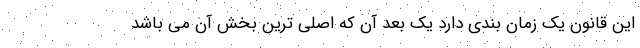
این قانون یک زمان بندی دارد یک بعد آن که اصلی ترین بخش آن می باشد